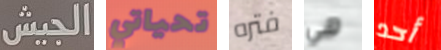
الجيش تحياتي فتره هي أحد